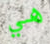
هي